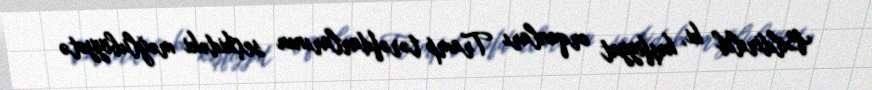
Bildirilib ki, kəşfiyyat orqanları Tramp tərəfdarlarının seçkidəki məğlubiyyətə